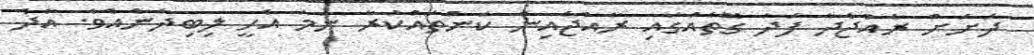
ދަށަށް ރާއްޖެދާ ފަދަ ގޮތެއްގައި ރާއްޖެއިން ކަންތައްކުރާ ނަމަ އެހީ ލިބިދާނެއެވެ. އާދެ